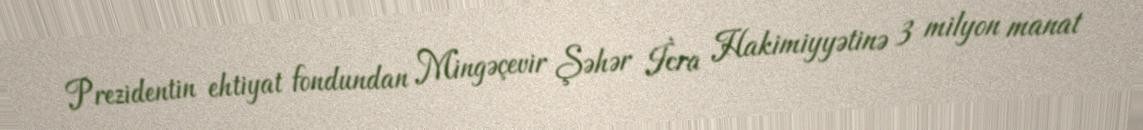
Prezidentin ehtiyat fondundan Mingəçevir Şəhər İcra Hakimiyyətinə 3 milyon manat